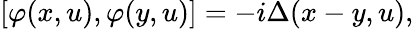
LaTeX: \left[\varphi(x,u),\varphi(y,u)\right]=-i\Delta(x-y,u),